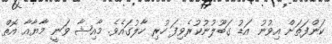
ކަންފަތަށް އިވުނު އަޑު ގަބޫލުނުކުރެވިފަ ހުރި ހާލުގައެވެ. މާއިޝާ ވަނީ މާޔާއާ އޮތް